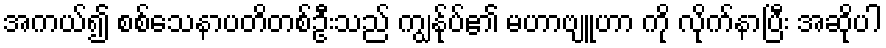
အကယ်၍ စစ်သေနာပတိတစ်ဦးသည် ကျွန်ုပ်၏ မဟာဗျူဟာ ကို လိုက်နာပြီး အဆိုပါ